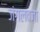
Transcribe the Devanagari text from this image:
जंगलवजा